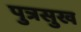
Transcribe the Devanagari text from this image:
पुत्रसुख